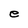
Character: e